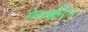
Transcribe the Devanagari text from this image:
मेक्क्वीन